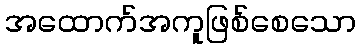
အထောက်အကူဖြစ်စေသော